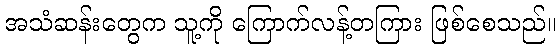
အသံဆန်းတွေက သူ့ကို ကြောက်လန့်တကြား ဖြစ်စေသည်။